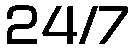
24/7